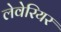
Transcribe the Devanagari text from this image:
लेवेरियर